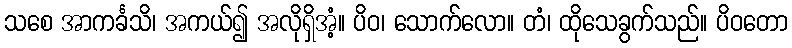
သစေ အာကင်္ခသိ၊ အကယ်၍ အလိုရှိအံ့။ ပိဝ၊ သောက်လော။ တံ၊ ထိုသေခွက်သည်။ ပိဝတော